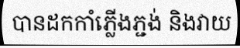
បានដកកាំភ្លើងភ្ជង់ និងវាយ